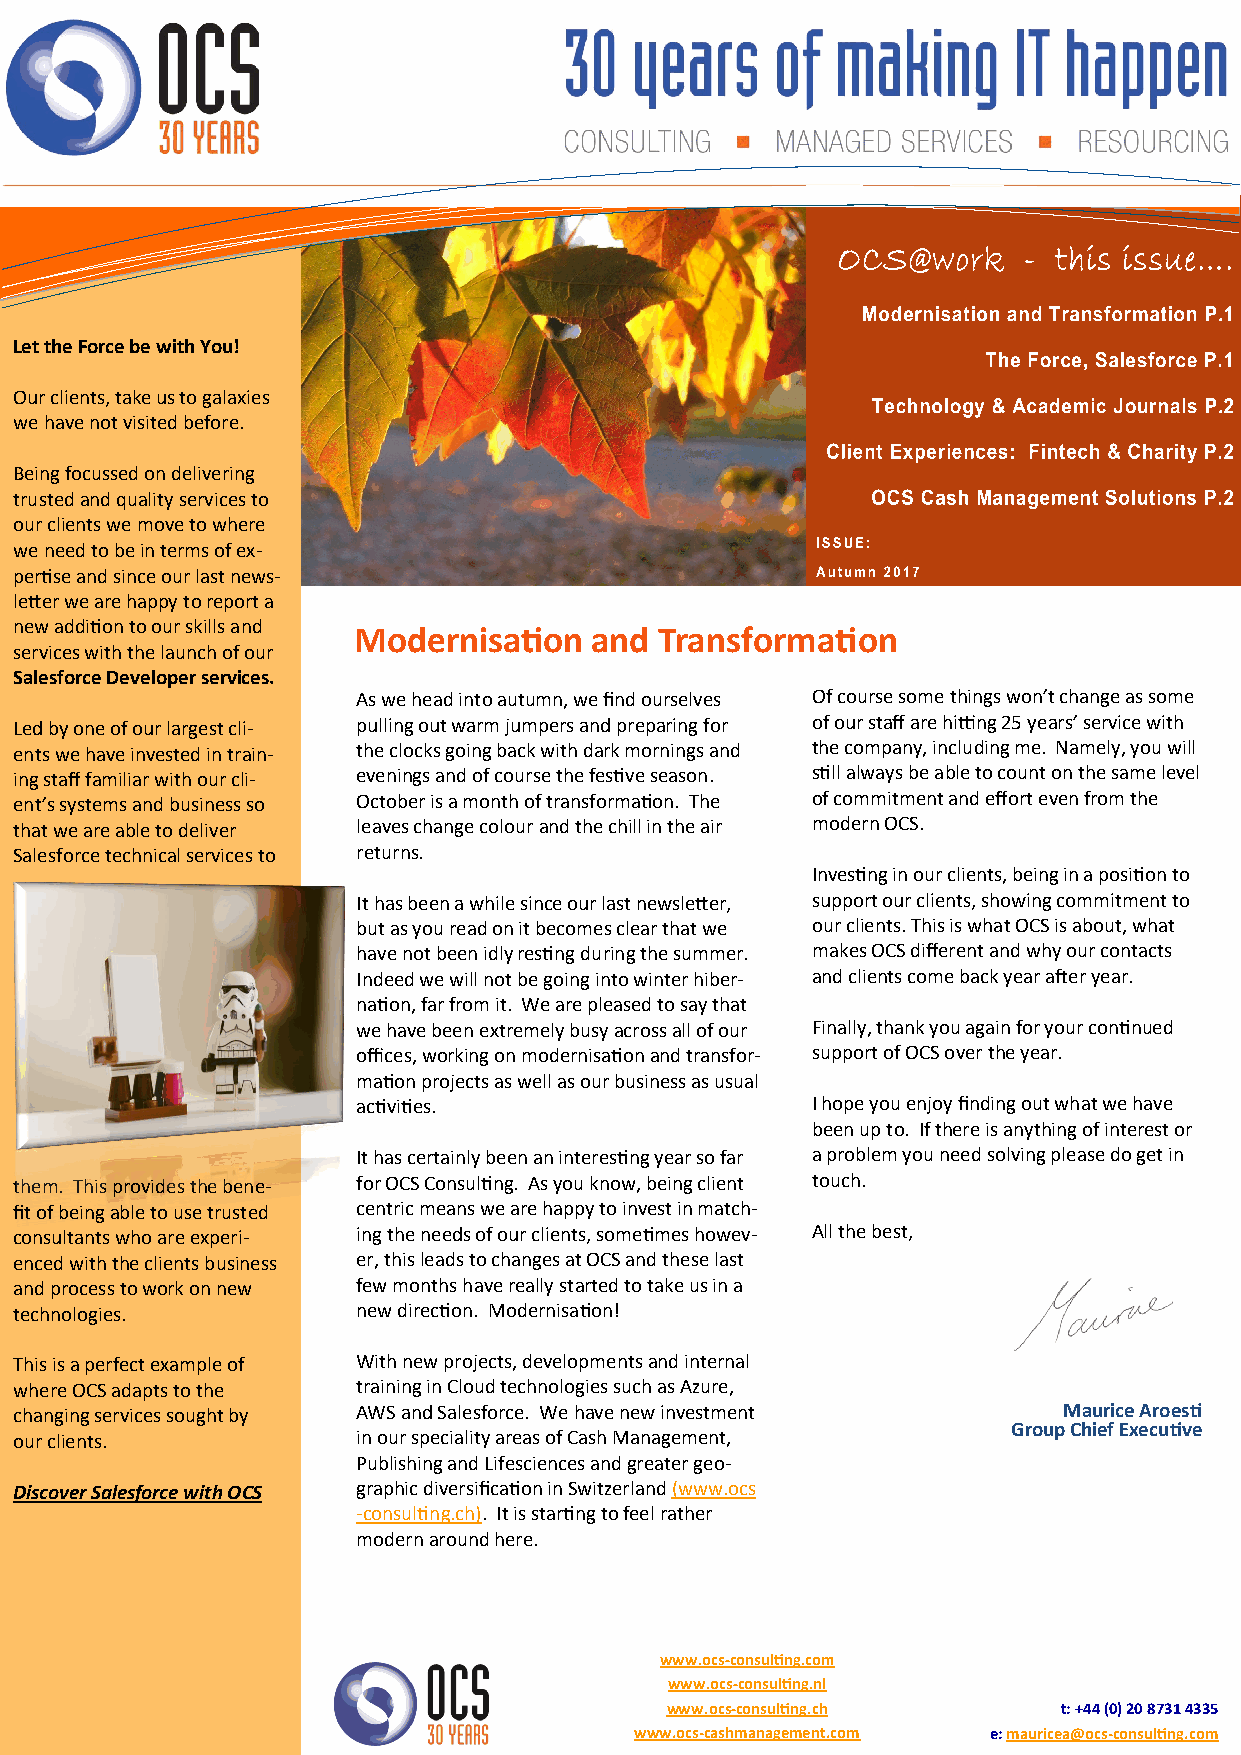
Let the Force be with You!
 Our clients, take us to galaxies
 we have not visited before.
 Being focussed on delivering
 trusted and quality services to
 our clients we move to where
 we need to be in terms of ex-
 pertise and since our last news-
 letter we are happy to report a
 new addition to our skills and Modernisation and Transformation
 services with the launch of our
 Salesforce Developer services.
 As we head into autumn, we find ourselves Of course some things won’t change as some
 Led by one of our largest cli- pulling out warm jumpers and preparing for of our staff are hitting 25 years’ service with
 ents we have invested in train- the clocks going back with dark mornings and the company, including me. Namely, you will
 ing staff familiar with our cli- evenings and of course the festive season. still always be able to count on the same level
 ent’s systems and business so October is a month of transformation. The of commitment and effort even from the
 that we are able to deliver leaves change colour and the chill in the air modern OCS.
 Salesforce technical services to returns.
 Investing in our clients, being in a position to
 It has been a while since our last newsletter, support our clients, showing commitment to
 but as you read on it becomes clear that we our clients. This is what OCS is about, what
 have not been idly resting during the summer. makes OCS different and why our contacts
 Indeed we will not be going into winter hiber- and clients come back year after year.
 nation, far from it. We are pleased to say that
 we have been extremely busy across all of our Finally, thank you again for your continued
 offices, working on modernisation and transfor- support of OCS over the year.
 mation projects as well as our business as usual
 activities.                   I hope you enjoy finding out what we have
 been up to. If there is anything of interest or
 It has certainly been an interesting year so far a problem you need solving please do get in
 them. This provides the bene- for OCS Consulting. As you know, being client touch.
 fit of being able to use trusted centric means we are happy to invest in match-
 consultants who are experi- ing the needs of our clients, sometimes howev- All the best,
 enced with the clients business er, this leads to changes at OCS and these last
 and process to work on new few months have really started to take us in a
 technologies.          new direction. Modernisation!
 This is a perfect example of With new projects, developments and internal
 where OCS adapts to the training in Cloud technologies such as Azure,
 changing services sought by AWS and Salesforce. We have new investment Maurice Aroesti
 Group Chief Executive
 our clients.           in our speciality areas of Cash Management,
 Publishing and Lifesciences and greater geo-
 Discover Salesforce with OCS graphic diversification in Switzerland (www.ocs
 -consulting.ch). It is starting to feel rather
 modern around here.
 www.ocs-consulting.com
 www.ocs-consulting.nl
 www.ocs-consulting.ch     t: +44 (0) 20 8731 4335
 www.ocs-cashmanagement.com e: mauricea@ocs-consulting.com